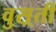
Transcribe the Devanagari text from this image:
वुस़्ती